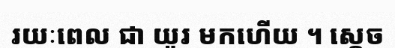
រយៈពេល ជា យូរ មកហើយ ។ ស្តេច